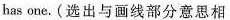
has one.(选出与画线部分意思相